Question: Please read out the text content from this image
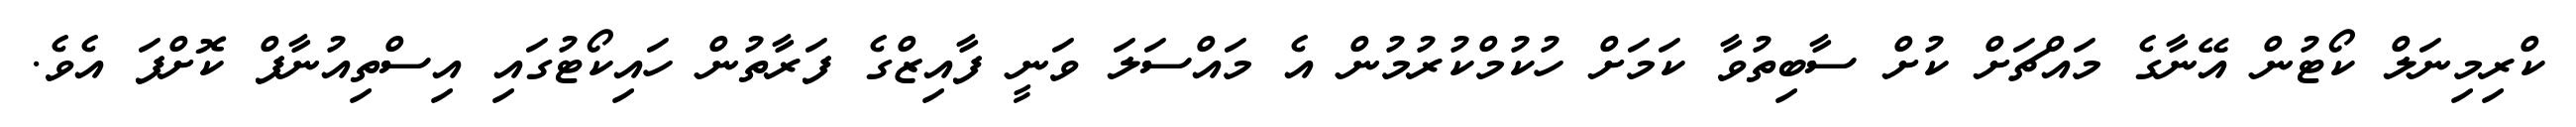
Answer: ކްރިމިނަލް ކޯޓުން އޭނާގެ މައްޗަށް ކުށް ސާބިތުވާ ކަމަށް ހުކުމްކުރުމުން އެ މައްސަލަ ވަނީ ފާއިޒްގެ ފަރާތުން ހައިކޯޓުގައި އިސްތިއުނާފް ކޮށްފަ އެވެ.